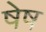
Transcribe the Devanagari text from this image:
षेष